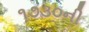
૧૭૩૦ની